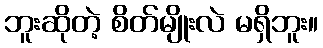
ဘူးဆိုတဲ့ စိတ်မျိုးလဲ မရှိဘူး။